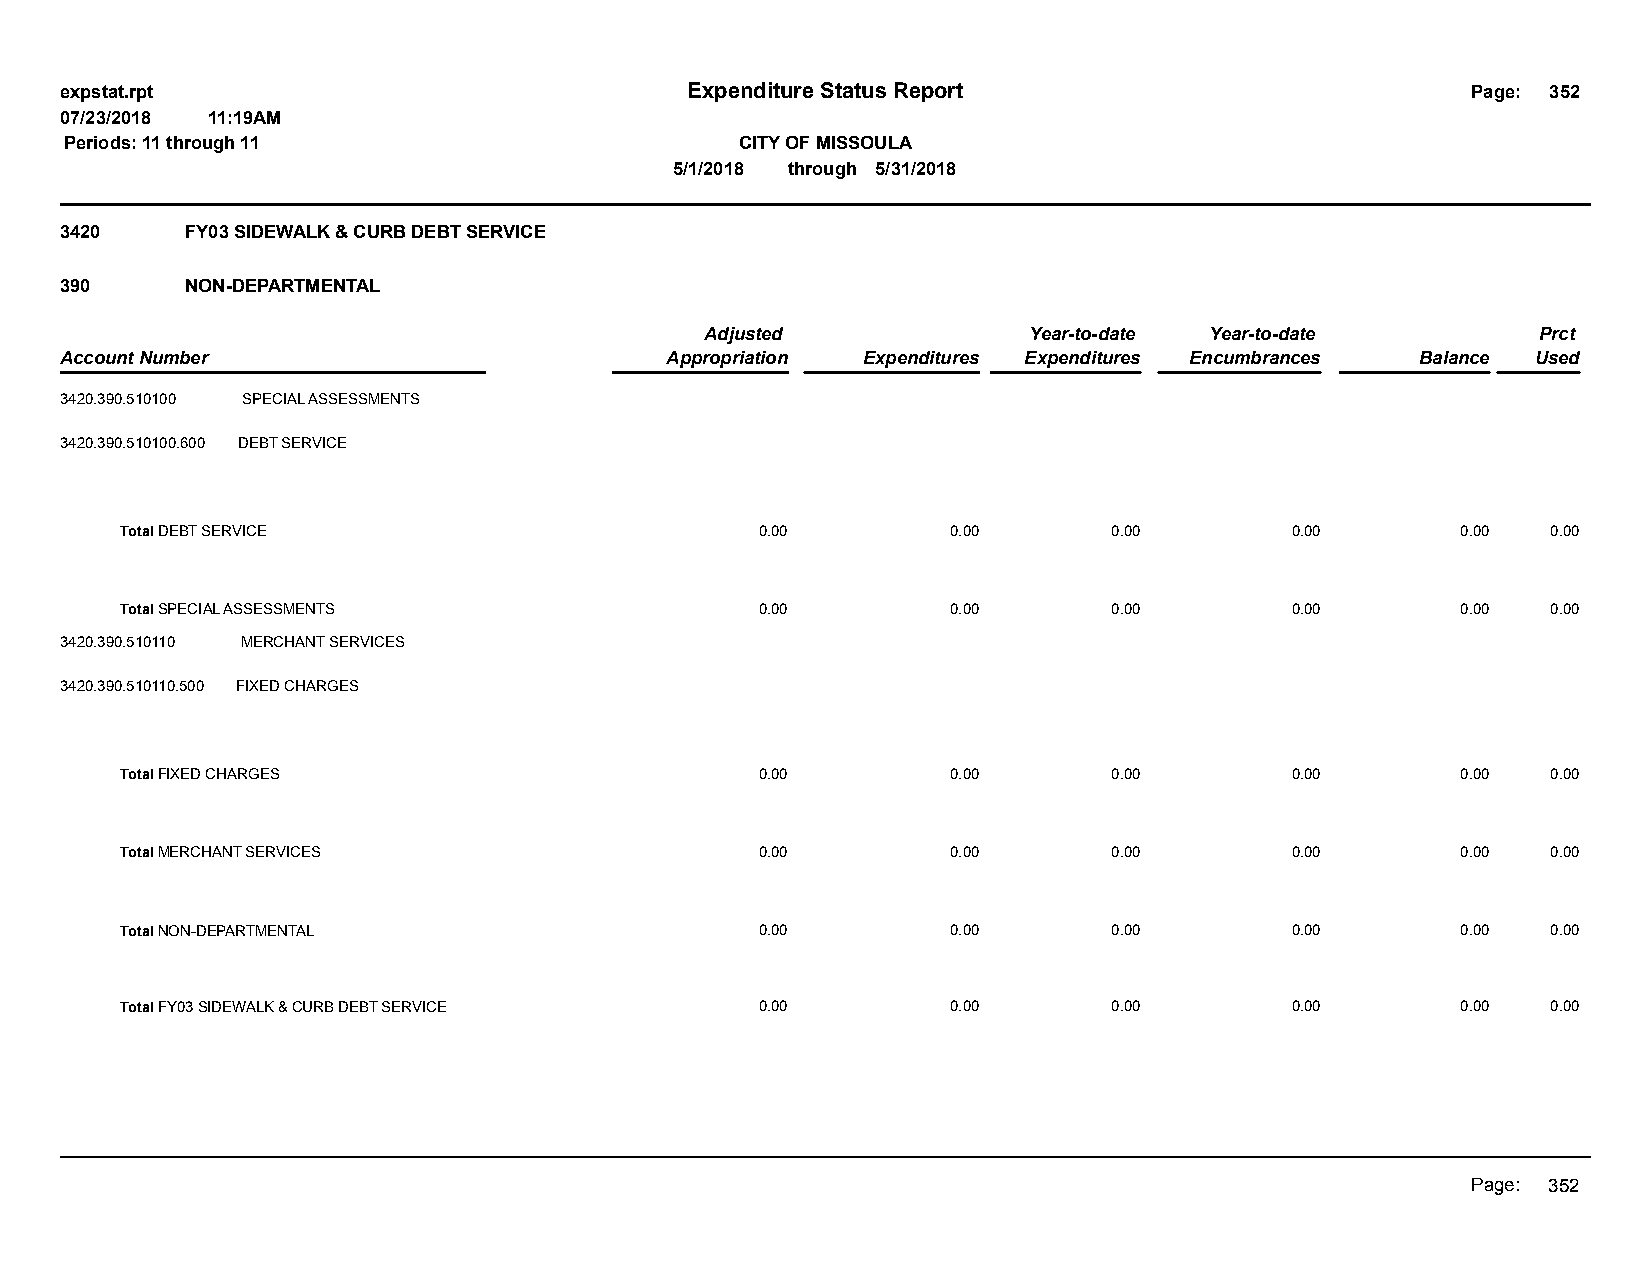
expstat.rpt                              Expenditure Status Report                           Page: 352
 07/23/2018 11:19AM
 Periods: 11 through 11                       CITY OF MISSOULA
 5/1/2018 through 5/31/2018
 3420    FY03 SIDEWALK & CURB DEBT SERVICE
 390     NON-DEPARTMENTAL
 Adjusted             Year-to-date Year-to-date         Prct
 Account Number                          Appropriation Expenditures Expenditures Encumbrances Balance Used
 3420.390.510100 SPECIAL ASSESSMENTS
 3420.390.510100.600 DEBT SERVICE
 Total DEBT SERVICE                        0.00         0.00       0.00       0.00        0.00  0.00
 Total SPECIAL ASSESSMENTS                 0.00         0.00       0.00       0.00        0.00  0.00
 3420.390.510110 MERCHANT SERVICES
 3420.390.510110.500 FIXED CHARGES
 Total FIXED CHARGES                       0.00         0.00       0.00       0.00        0.00  0.00
 Total MERCHANT SERVICES                   0.00         0.00       0.00       0.00        0.00  0.00
 Total NON-DEPARTMENTAL                    0.00         0.00       0.00       0.00        0.00  0.00
 Total FY03 SIDEWALK & CURB DEBT SERVICE   0.00         0.00       0.00       0.00        0.00  0.00
 Page: 352